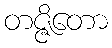
တဇ္ဇိတော